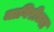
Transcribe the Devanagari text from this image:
जागिरीच्या